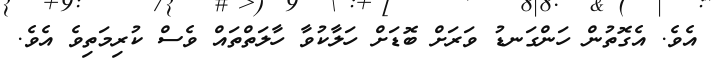
އެވެ. އެގޮތުން ހަންގަނޑު ވަރަށް ބޮޑަށް ހަލާކުވާ ހާލަތްތައް ވެސް ކުރިމަތިވެ އެވެ.